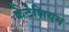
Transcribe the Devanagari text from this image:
क्रेटेशियम